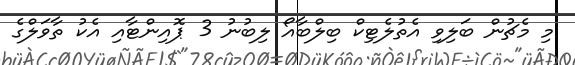
މި މެޗުން ބަލިވި އެތުލެޓިކް ބިލްބާއޯ ލިބުނު 3 ޕޮއިންޓާއި އެކު ތާވަލްގެ